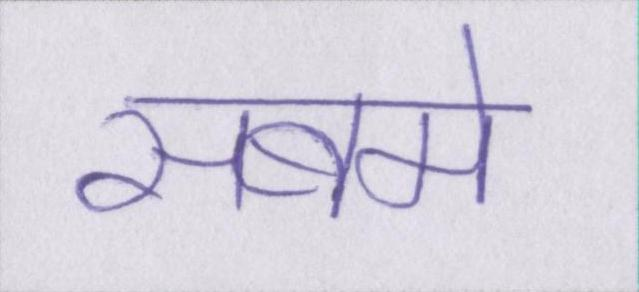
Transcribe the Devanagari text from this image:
सबमे